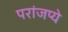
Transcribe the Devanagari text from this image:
परांजप्ये